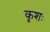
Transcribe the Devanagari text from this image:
कृशः